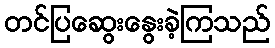
တင်ပြဆွေးနွေးခဲ့ကြသည်